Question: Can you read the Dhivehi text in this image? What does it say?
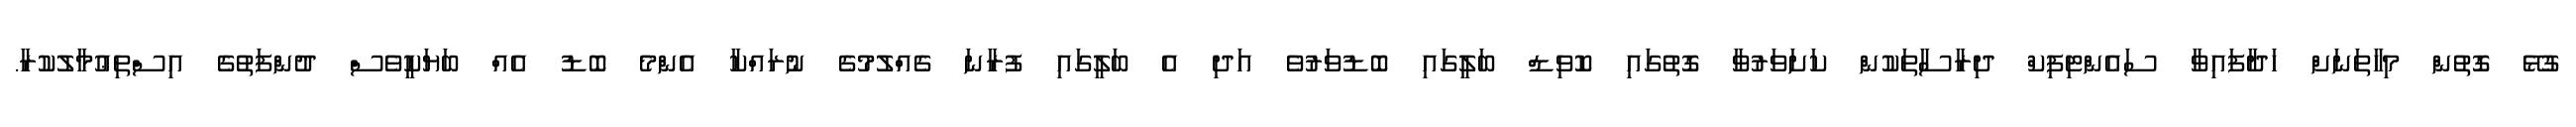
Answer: ގުޅޭ ގޮތުން މިހާތަނަށް ހަދާފައިވާ ސައެންޓިފިކް ދިރާސާތަކުން ކަށަވަރުވާ ގޮތުގައި ކޮވިޑް ބަލީގައި ބޮޑުވަރުވެ އަދި އެ ބަލީގައި ފުރާނަ ގެއްލުމުގެ ނުރައްކާ އެންމެ ބޮޑު އެއް ބަޔަކީވެސް ދުންފަތުގެ އިސްތިޢުމާލުކުރާ.